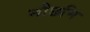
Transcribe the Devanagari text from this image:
नौछमि